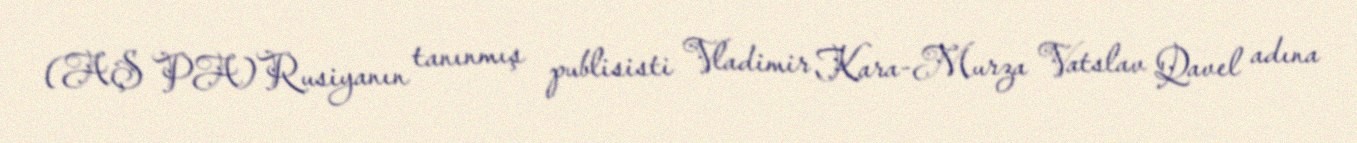
(AŞ PA) Rusiyanın tanınmış publisisti Vladimir Kara-Murza Vatslav Qavel adına